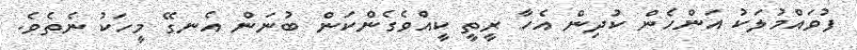
ފުވައްމުލަކު އަންހެން ކުދިން އެހާ ރީތީ ކީއްވެގެންކަން ބުނަން އެނގޭ މީހަކު ނެތެވެ.